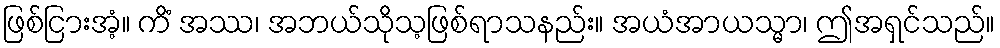
ဖြစ်ငြားအံ့။ ကိံ အဿ၊ အဘယ်သိုသ့ဖြစ်ရာသနည်း။ အယံအာယသ္မာ၊ ဤအရှင်သည်။